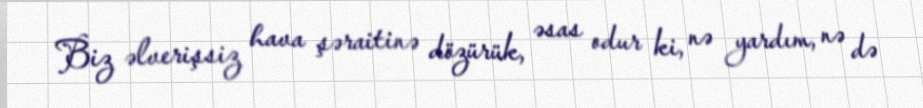
Biz əlverişsiz hava şəraitinə dözürük, əsas odur ki, nə yardım, nə də